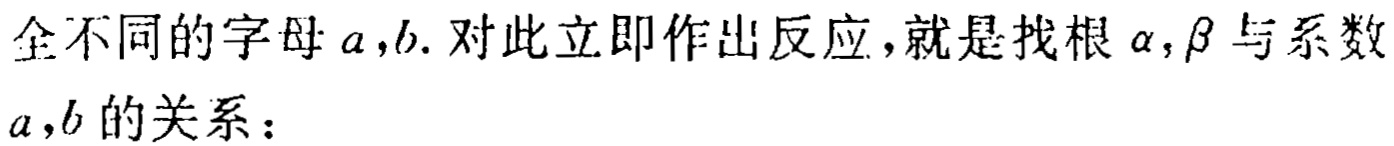
全不同的字母\(a,b\). 对此立即作出反应，就是找根\(\alpha,\beta\)与系数\(a,b\)的关系：